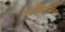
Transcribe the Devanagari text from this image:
काबिलसिंह